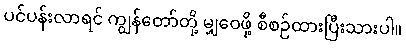
ပင်ပန်းလာရင် ကျွန်တော်တို့ မျှဝေဖို့ စီစဉ်ထားပြီးသားပါ။